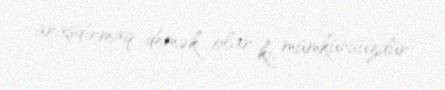
araşdırmaq demək olar ki, mümkünsüzdür.